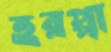
হরপ্পা